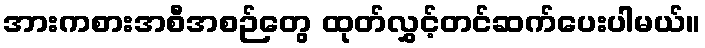
အားကစားအစီအစဉ်တွေ ထုတ်လွှင့်တင်ဆက်ပေးပါမယ်။